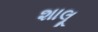
શાલૂ